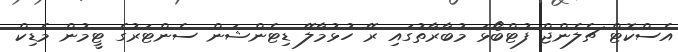
އެސްކޮޓް ޗެލެންޖް ފުޓްބޯޅަ މުބާރާތުގައި ރޭ ހުޅުމާލޭ ޑިޓެންޝަން ސެންޓަރުގެ ޓީމުން މެޑިކް